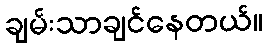
ချမ်းသာချင်နေတယ်။